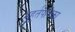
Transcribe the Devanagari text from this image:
मुहूर्तपत्रिका